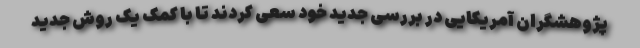
پژوهشگران آمریکایی در بررسی جدید خود سعی کردند تا با کمک یک روش جدید